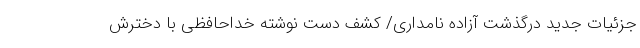
جزئیات جدید درگذشت آزاده نامداری/ کشف دست نوشته خداحافظی با دخترش